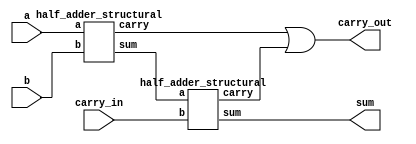

module full_adder_structural(
    input a, 
    input b,
	input carry_in,
    output sum, 
    output carry_out
    );
  
    // Declare nets to connect the half adders
    wire sum1;
    wire carry1;
    wire carry2;
	
    // Instantiate two half_adder_structural modules
    half_adder_structural HA1(
       .a(a),
       .b(b),
       .sum(sum1),
       .carry(carry1)
    ); 
	
	half_adder_structural HA2(
       .a(sum1),
       .b(carry_in),
       .sum(sum),
       .carry(carry2)
    );
	
	// Use Verilog primitive
	or (carry_out, carry1, carry2);
  
endmodule


module half_adder_structural(
    input a,
    input b,
    output sum,
    output carry
    );
  
    // Instantiate Verilog built-in primitives and connect them with nets
    xor XOR1 (sum,  a, b); // instantiate a XOR gate
    and AND1 (carry, a, b);  
  
endmodule



module testbench();
  
    // Declare variables and nets for module ports
    reg a;
    reg b;
    reg cin;
    wire sum;
    wire cout;  
  
    // Instantiate the module
    full_adder_structural FULL_ADD(
        .a(a),
        .b(b),
        .carry_in(cin),
        .sum(sum),
        .carry_out(cout)
        );
  
    // Generate stimulus and monitor module ports
    initial begin
      $monitor("a=%b, b=%b, carry_in=%0b, sum=%b, carry_out=%b", a, b, cin, sum, cout);
    end  
  
    initial begin // the same data as in the truth table
        #1; a = 0; b = 0; cin = 0;
        #1; a = 0; b = 0; cin = 1;
        #1; a = 0; b = 1; cin = 0;
        #1; a = 0; b = 1; cin = 1;
        #1; a = 1; b = 0; cin = 0;
        #1; a = 1; b = 0; cin = 1;
        #1; a = 1; b = 1; cin = 0;
        #1; a = 1; b = 1; cin = 1;
    end
  
endmodule